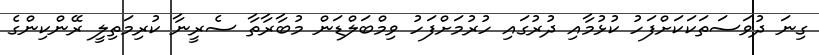
ގިނަ ދުވަސަތަކަކަށްފަހު ކުޅުމާއި ދުރުގައި ހުރުމަށްފަހު ވިމްބަލްޑަން މުބާރާތާ ސެރީނާ ކުރިމަތިލީ ރޭންކިންގެ